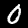
Digit: 0